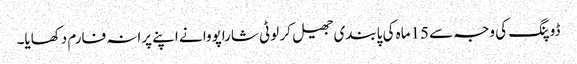
ڈوپنگ کی وجہ سے 15ماہ کی پابندی جھیل کر لوٹی شاراپووا نے اپنے پرانہ فارم دکھایا۔